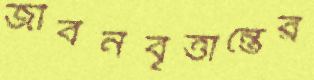
জীবনবৃত্তান্তের